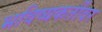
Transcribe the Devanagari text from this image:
भविष्यकर्तीवर